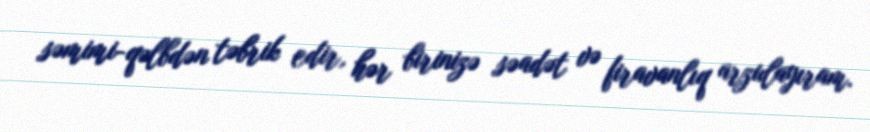
səmimi-qəlbdən təbrik edir, hər birinizə səadət və firavanlıq arzulayıram.